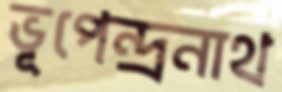
ভূপেন্দ্রনাথ